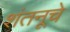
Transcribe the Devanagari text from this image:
शंतनूचे